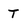
Character: T